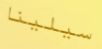
سيلينا